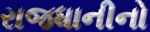
રાજધાનીનો